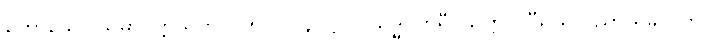
ဟောသော သမာပတ္တိသုတ်။ ။ ၅-ပါ-၄၊ ဋ္ဌ-၂၊ သဒ္ဓါ ဟိရီ ဩတ္တပ္ပ ဝီရိယ ပညာ ရှိခိုက်တွင်